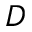
_ D